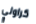
كراولي